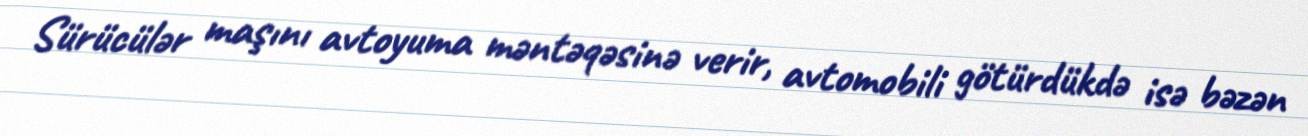
Sürücülər maşını avtoyuma məntəqəsinə verir, avtomobili götürdükdə isə bəzən